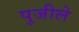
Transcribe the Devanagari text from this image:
पुजीले